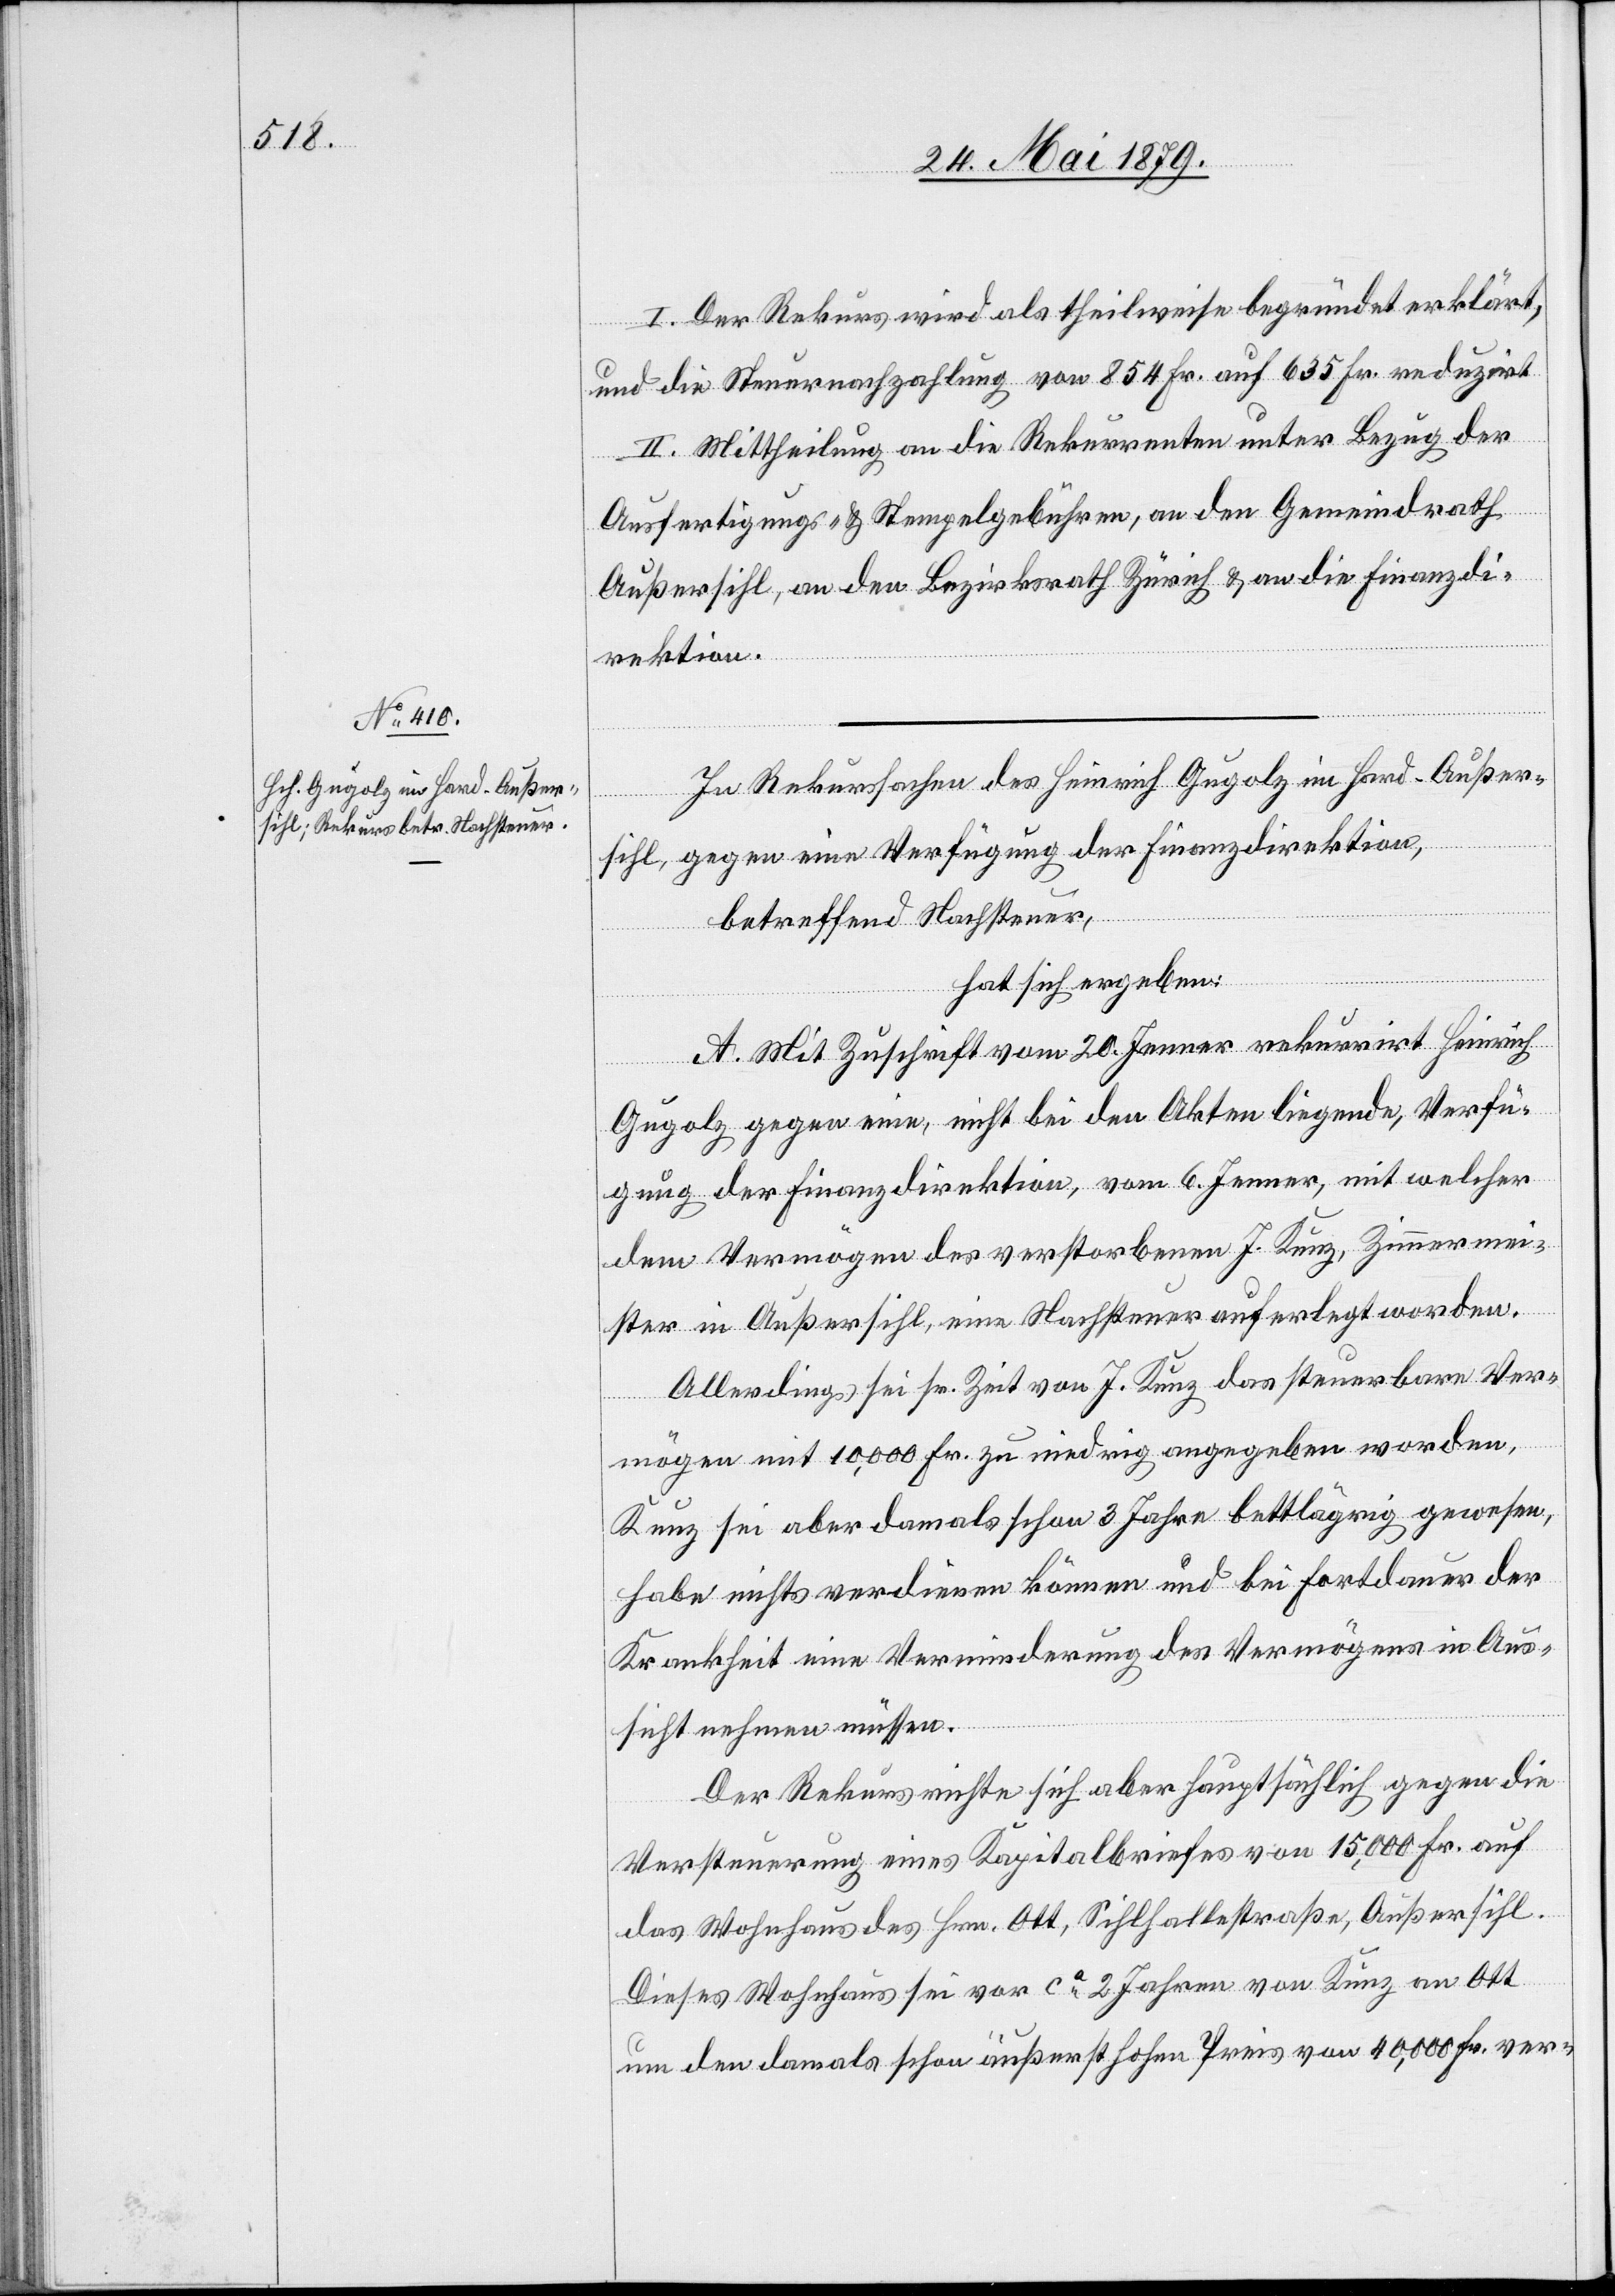
I. Der Rekurs wird als theilweise begründet erklärt,
und die Steuernachzahlung von 854 Fr. auf 635 Fr. reduzirt.
II. Mittheilung an die Rekurrenten unter Bezug der
Ausfertigungs- & Stempelgebühren, an den Gemeindrath
Außersihl, an den Bezirksrath Zürich & an die Finanzdi¬
rektion.
In Rekurssachen des Heinrich Gugolz im Hard - Außer¬
sihl, gegen eine Verfügung der Finanzdirektion,
betreffend Nachsteuer,
hat sich ergeben:
A. Mit Zuschrift vom 20. Jenner rekurrirt Heinrich
Gugolz gegen eine, nicht bei den Akten liegende, Verfü¬
gung der Finanzdirektion, vom 6. Jenner, mit welcher
dem Vermögen des verstorbenen J. Kunz, Zimmermei¬
ster in Außersihl, eine Nachsteuer auferlegt worden.
Allerdings sei sr. Zeit von J. Kunz das steuerbare Ver¬
mögen mit 10,000 Fr. zu niedrig angegeben worden,
Kunz sei aber damals schon 3 Jahre bettlägrig gewesen,
habe nichts verdienen können und bei Fortdauer der
Krankheit eine Verminderung des Vermögens in Aus¬
sicht nehmen müssen.
Der Rekurs richte sich aber hauptsächlich gegen die
Versteuerung eines Kapitalbriefes von 15,000 Fr. auf
das Wohnhaus des Hrn. Ott, Sihlhallestraße, Außersihl.
Dieses Wohnhaus sei vor ca 2 Jahren von Kunz an Ott
um den damals schon äußerst hohen Preis von 40,000 Fr. ver-